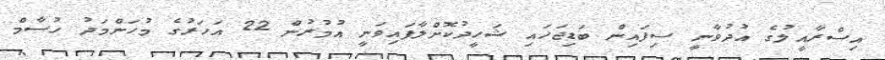
އިސްރާއީލުގެ އުދުވާނީ ސިފައިން ބަޑިޖަހައި ޝަހީދުކޮށްލާފައިވަނީ އުމުރުން 22 އަހަރުގެ މުހަންމަދު ހުސާމް